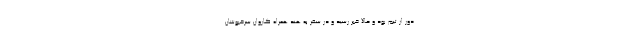
دور از تیم بود و حالا خبر رسید و در سفر به هند همراه کاروان سرخپوشان